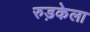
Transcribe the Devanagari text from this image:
रुड़केला